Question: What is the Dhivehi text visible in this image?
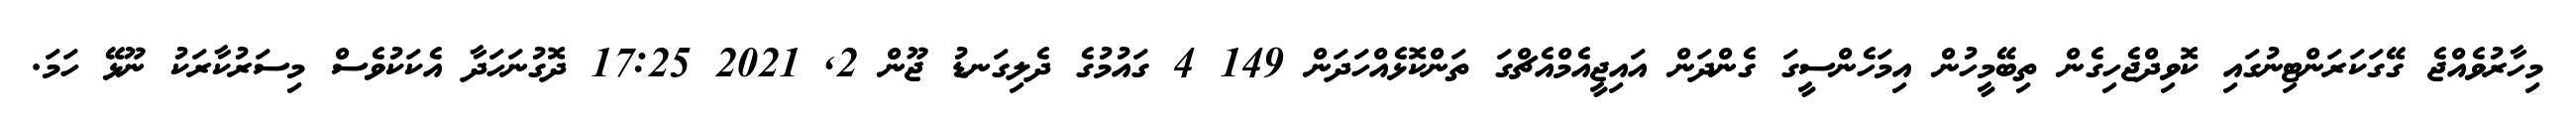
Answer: މިހާރުވެއްޖެ ގޭގަކަރަންޓިނުގައި ކޮވިދްޖެހިގެން ތިބޭމީހުން އިމަހެންސީގަ ގެންދަން އައިޖީއެމްއެޗްގަ ތަންކޮޅެއްހަދަން 149 4 ގައުމުގެ ދެލިގަނޑު ޖޫން 2, 2021 17:25 ދޮގުނަހަދާ އެކަކުވެސް މިސަރުކާރަކު ނޫޅޭ ހަމަ.